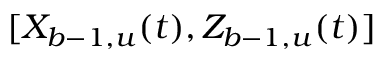
[ X _ { b - 1 , u } ( t ) , Z _ { b - 1 , u } ( t ) ]